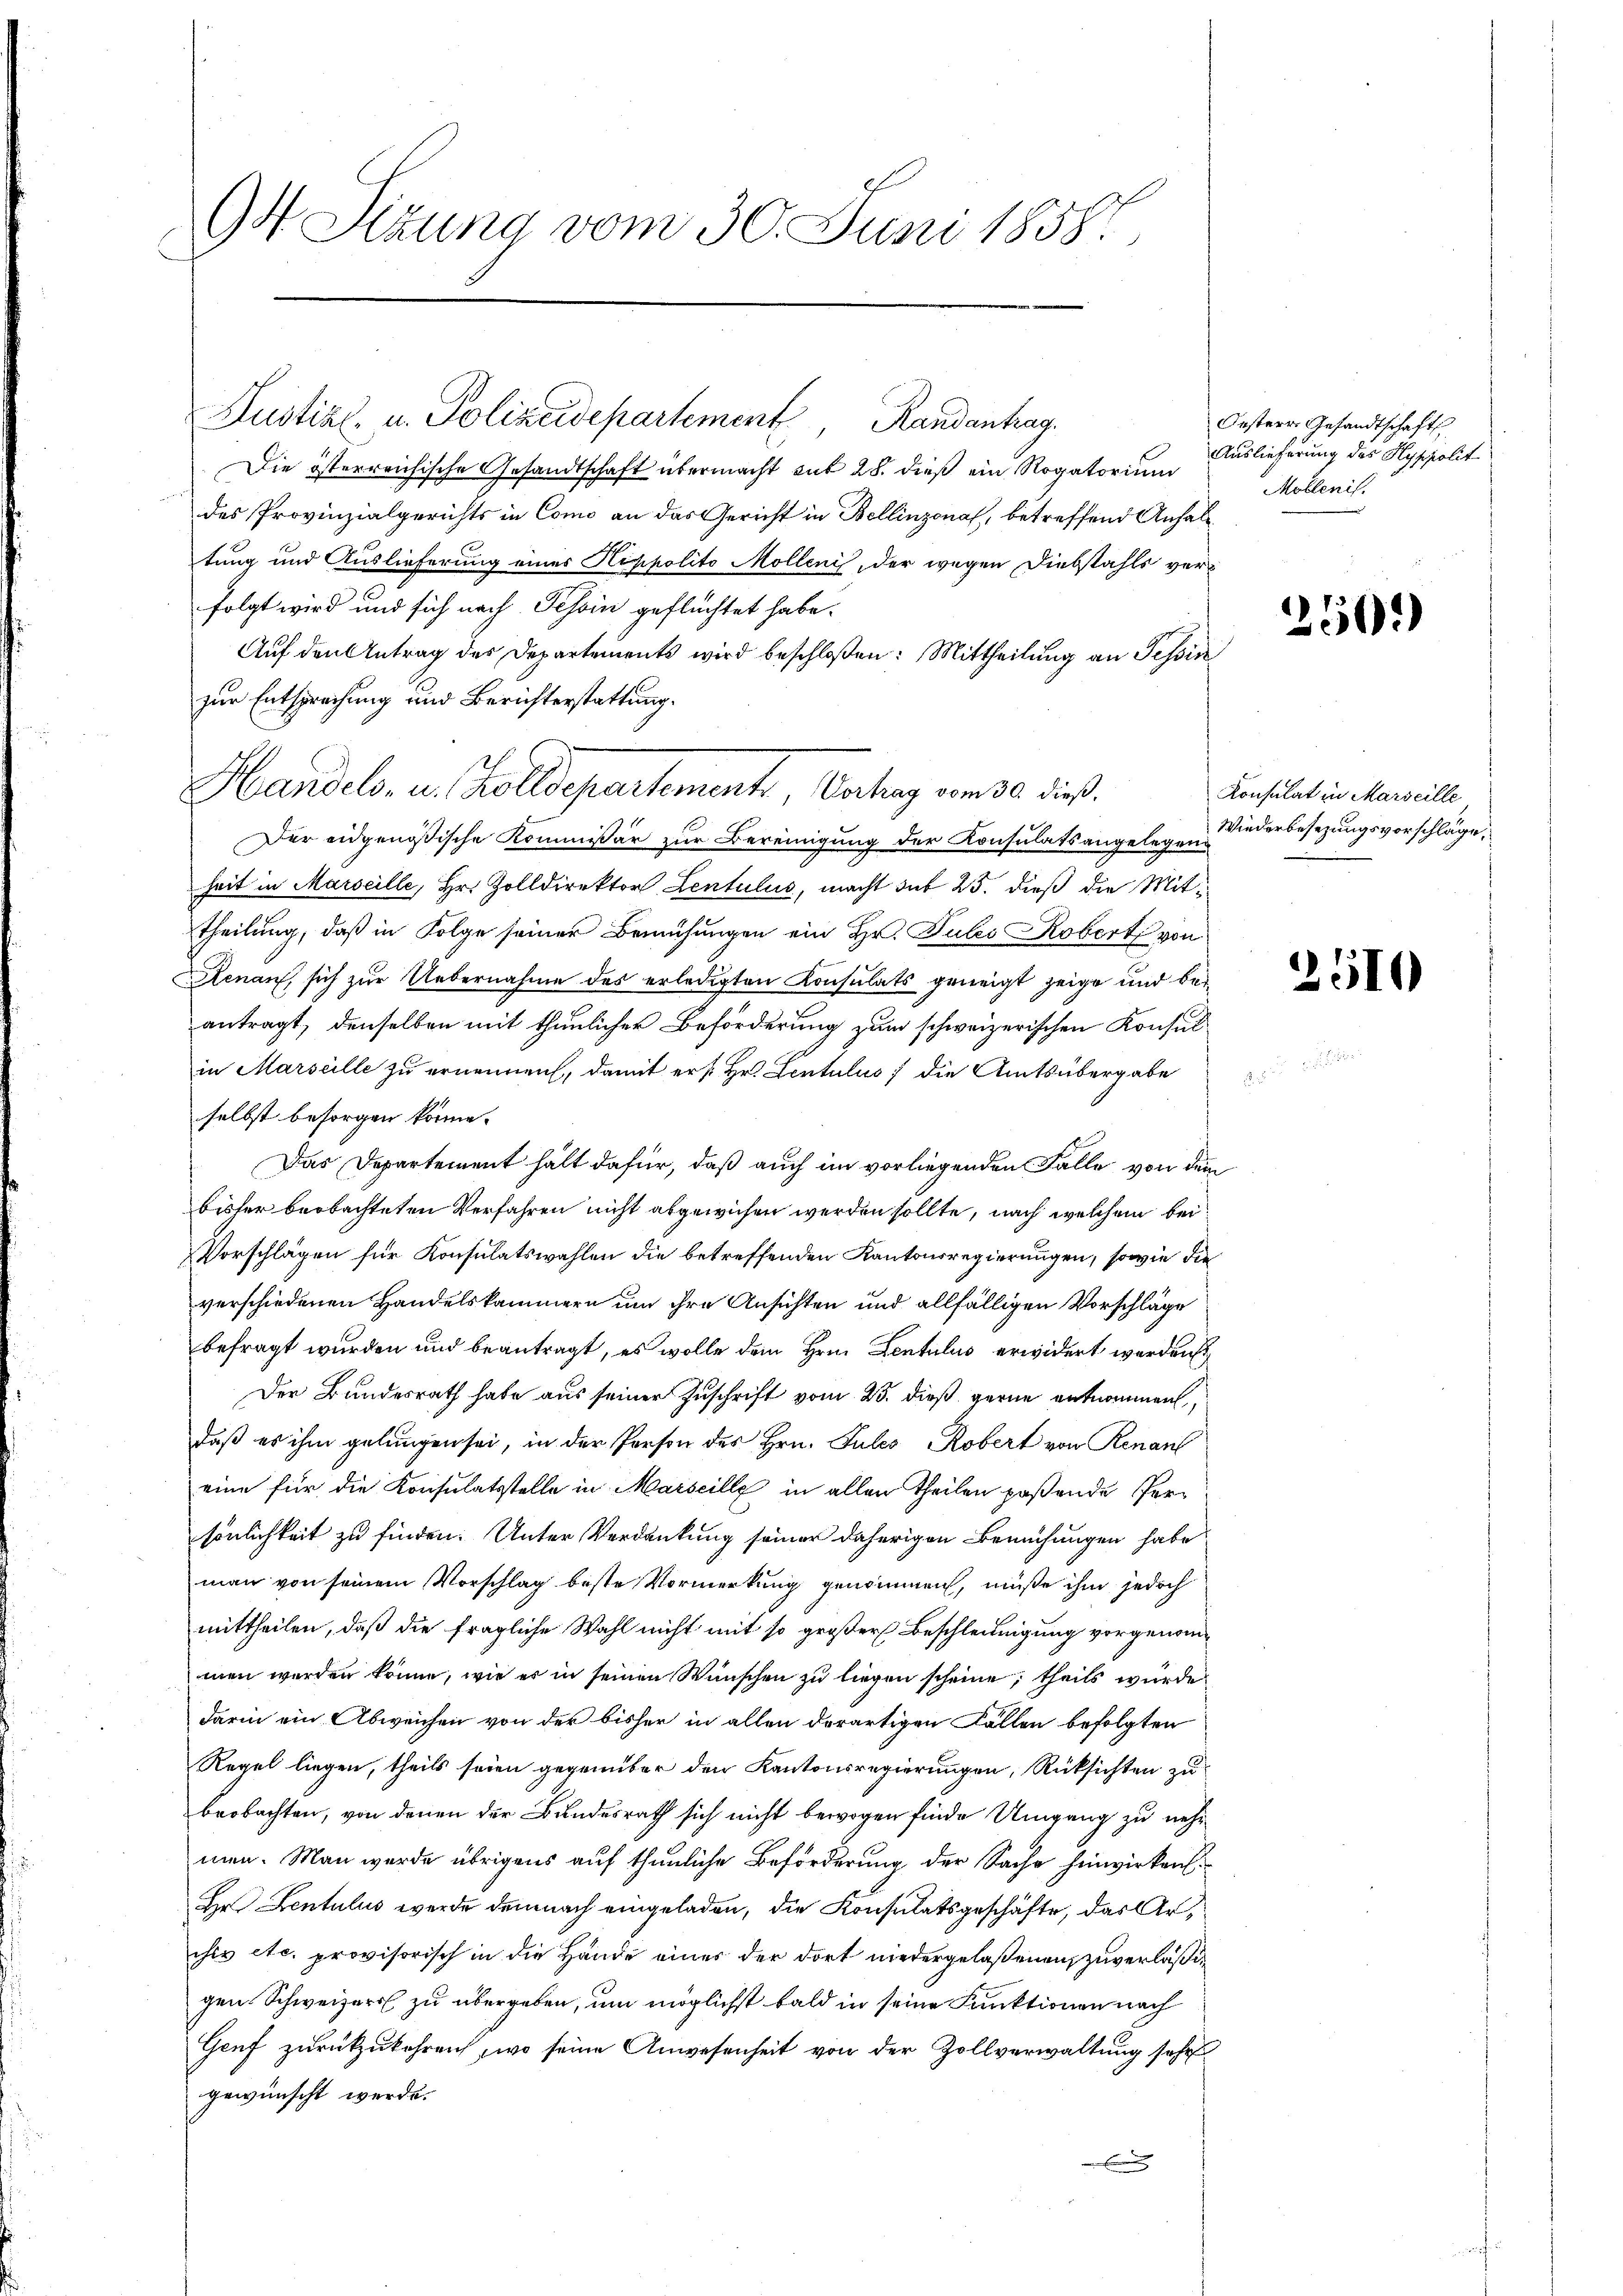
94 Sizung vom 30. Juni 1858.

Die österreichische Gesandtschaft übermacht mit 28. dieß ein Rogatorium
des Provinzialgerichts in Como an das Gericht in Bellinzona, betreffend Anhaltung und Auslieferung eines Nippolito Mollenis, der wegen Diebstahls verfolgt wird und sich nach Tessin geflüchtet habe.
Auf den Antrag des Departements wird beschloßen: Mittheilung an Tessin
zur Entsprechung und Berichterstattung.
Der eidgenößische Kommissär zur Bereinigung der Konsulatsangelegen Niederbesezungsvorschläge,
heit in Marseille, Hr. Zolldirektor Lentulus, macht sub 25. dieß die Mittheilung, daß in Folge seiner Bemühungen ein Hr. Julis Robert von
Renau, sich zur Uebernahme des erledigten Konsulats geneigt zeige und bei
antragt, denselben mit thunlicher Beförderung zum schweizerischen Konsul
in Marseille zu ernennen, damit er s. Hr. Lentulus die Amtsübergabe
selbst besorgen könne.
Das Departement hält dafür, daß auch im vorliegenden Falle von dem
bisher beobachteten Verfahren nicht abgewiesen werden sollte, nach welchem bei¬
Vorschlägen für Konsulatswahlen die betreffenden Kantonsregierungen, sowie die
verschiedenen Handelskammern um ihre Ansichten und allfälligen Vorschläge
befragt wurden und beantragt, es wolle dem Hrn. Lentulus erwidert werden
Der Bundesrath habe aus seiner Zuschrift vom 25. dieß gerne entnommen,
daß es ihm gelungen sei, in der Person des Hrn. Pules Robert von Renan
eine für die Konsulatsstelle in Marseille in allen Theilen possende Persönlichkeit zu finden. Unter Verdankung seiner daherigen Bemühungen habe
man von seinem Vorschlag beste Vormerkung genommen, müße ihm jedoch
mittheilen, daß die fragliche Wahl nicht mit so großer Beschleunigung vorgenommen werden könne, wie es in seinen Wünschen zu liegen scheine, theils würde
darin ein Abweichen von der bisher in allen derartigen Fällen befolgten
Regel liegen, theils seien gegenüber den Kantonsregierungen, Rücksichten zu
beobachten, von denen der Bundesrath sich nicht bewogen finde Umgang zu nehmen. Man werde übrigens auf thunliche Beförderung der Sache hinwirken.
Hr. Lentulus werde demnach eingeladen, die Konsulatsgeschäfte, das Archiv etc. provisorisch in die Hände eines der dort niedergelaßenen, zuverläßi
gen Schweizers zu übergeben, um möglichst bald in seine Funktionen nach
Gruf zurückzukehren, wo seine Anwesenheit von der Zollverwaltung sehr
gewünscht werde.

Justiz- u. Polizeidepartement, Randantrag.

Handels- u. Zolldepartements, Vorhang von 30. dieß¬

Oesterr Gesandtschafts
Auslieferung des Hyppolit
Moblenis.

e

250.

Konsulat in Marseille

2510